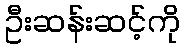
ဦးဆန်းဆင့်ကို